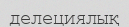
делециялық